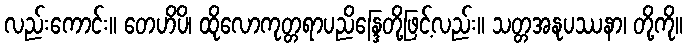
လည်းကောင်း။ တေဟိပိ၊ ထိုလောကုတ္တရာပညိန္ဒြေတို့ဖြင့်လည်း။ သတ္တအနုပဿနာ၊ တို့ကို။